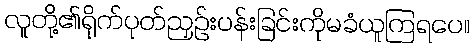
လူတို့၏ရိုက်ပုတ်ညှဉ်းပန်းခြင်းကိုမခံယူကြရပေ။